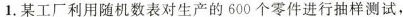
1.某工厂利用随机数表对生产的600个零件进行抽样测试，